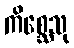
ကိစ္ဆေသု